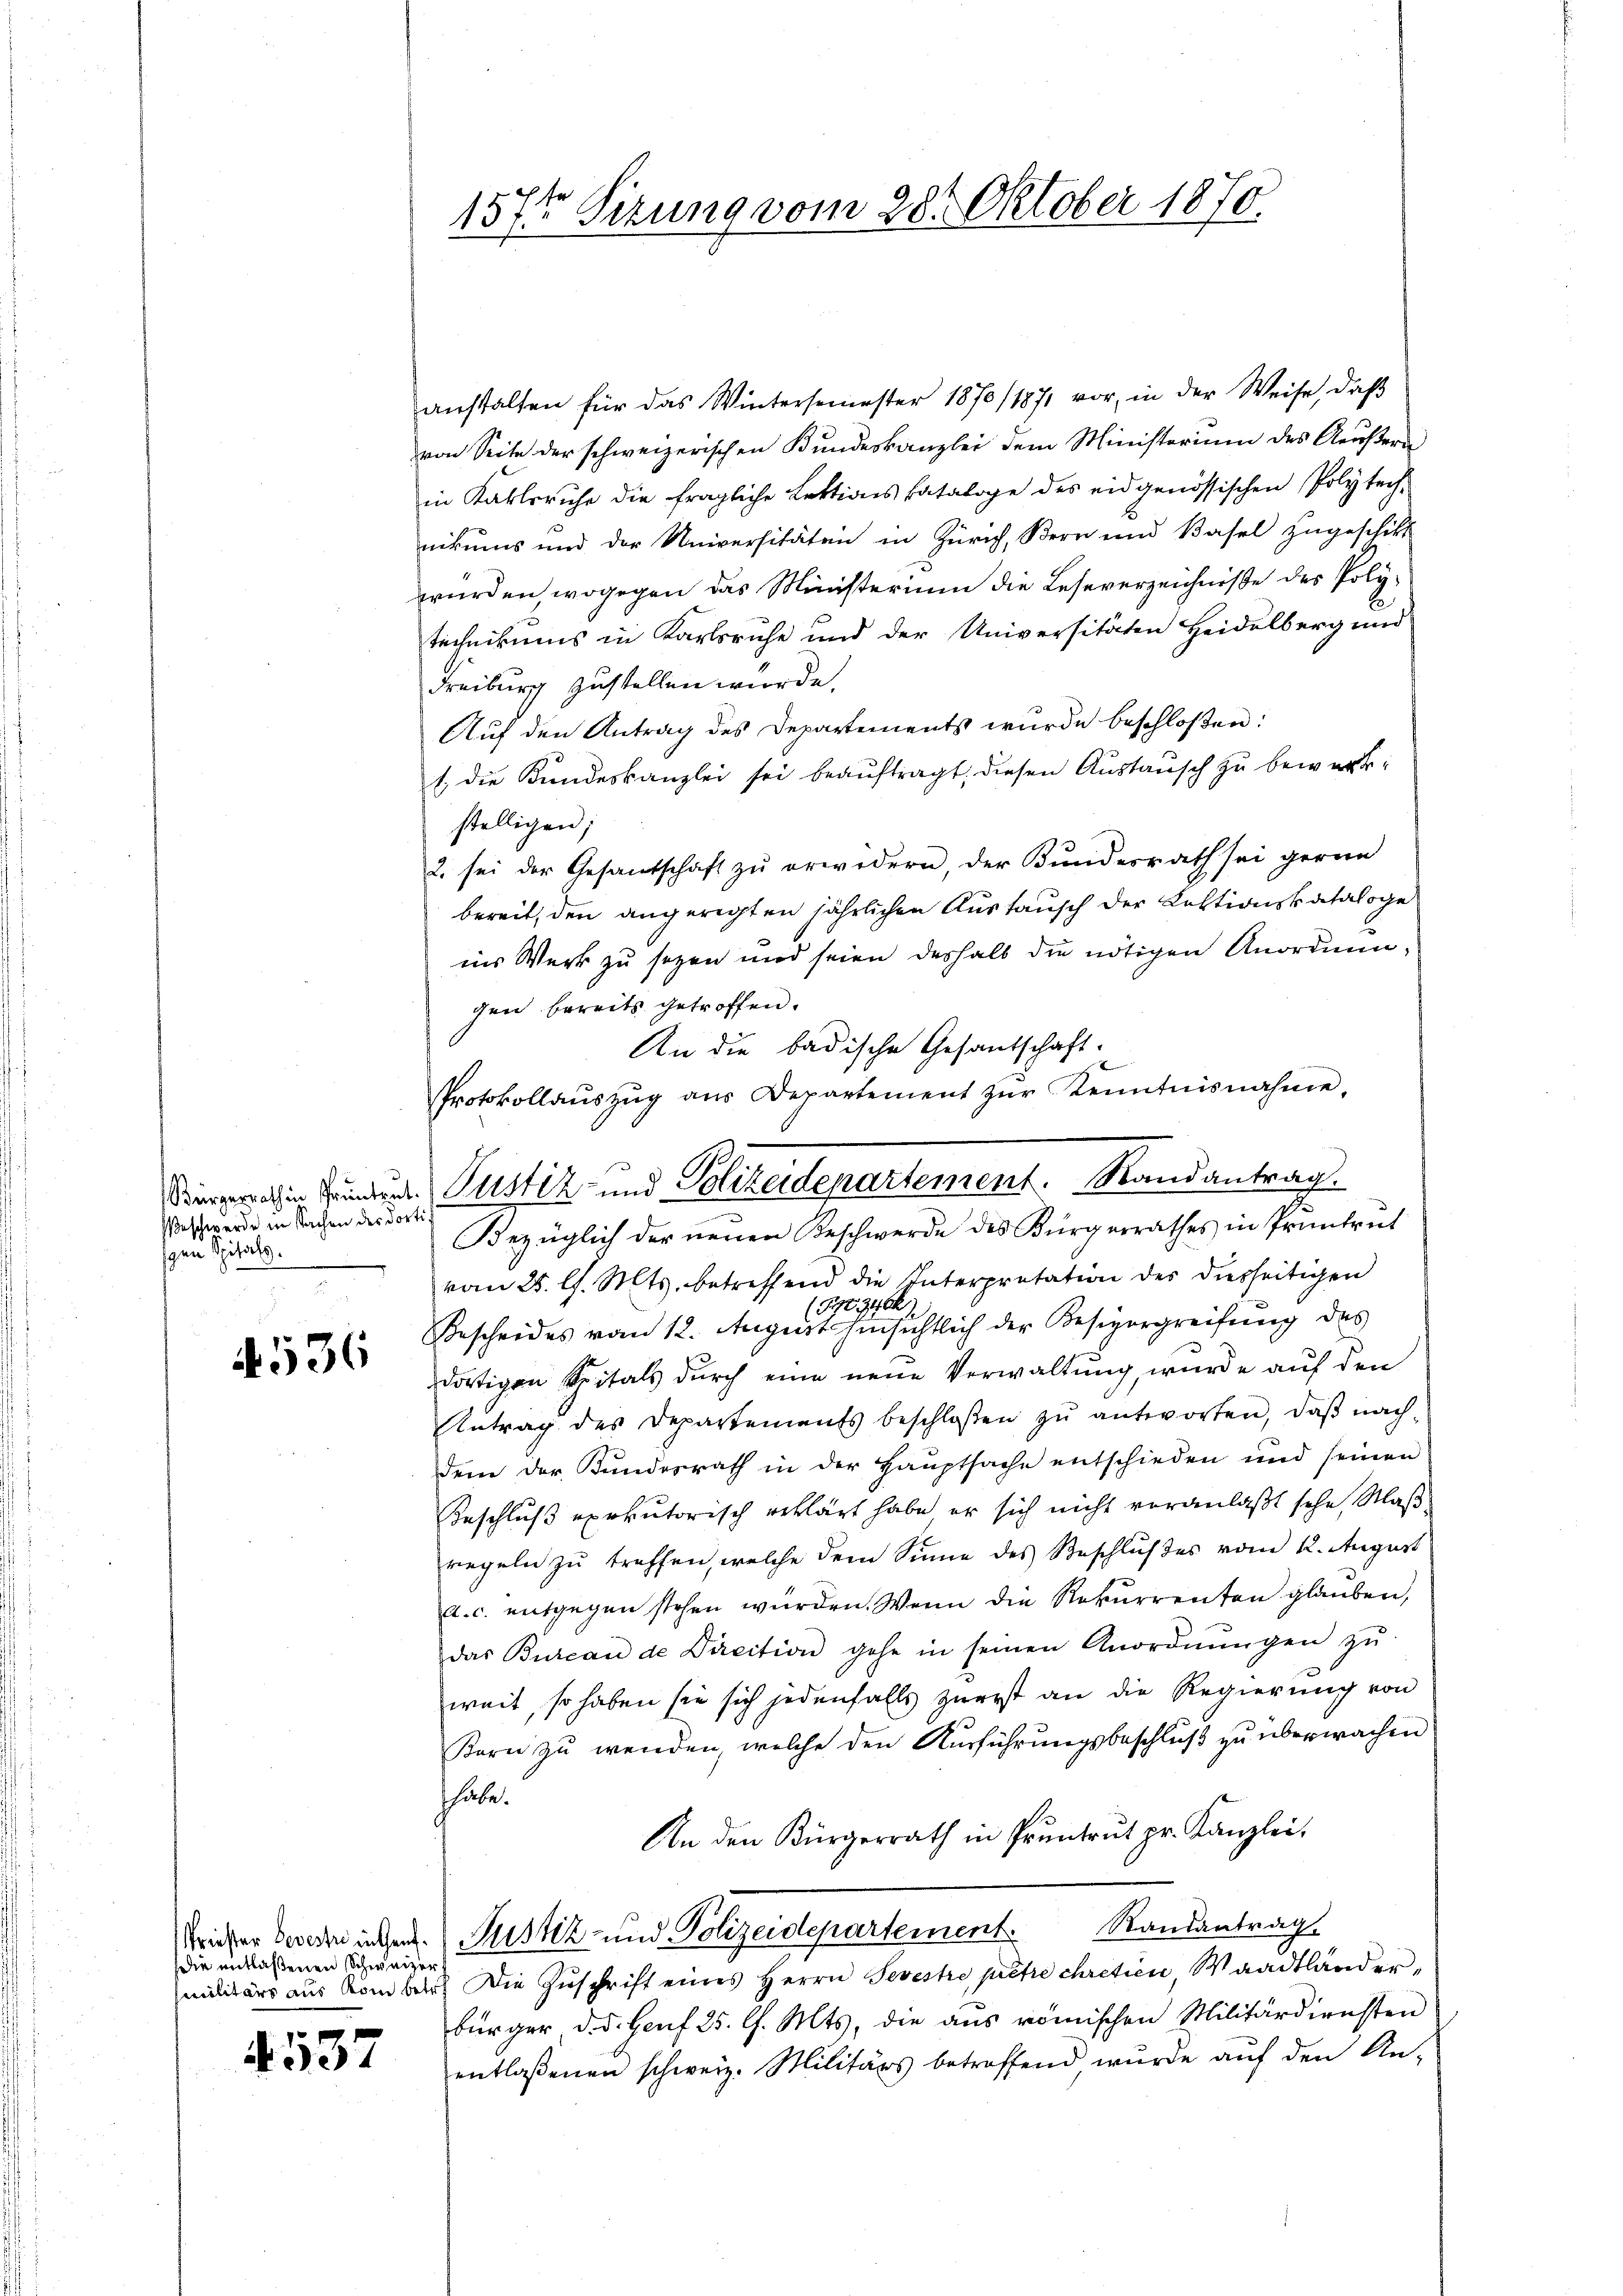
eschwerde in Sachen des dorti
igen Spitals.

536

die entlaßenen Schweizerf

4537

157ten Sizung vom 28. Oktober 1870.

anstalten für das Wintersemester 1870/1871 vor, in der Weise, daβ
von Seite der schweizerischen Bundeskanzlei dem Ministerium des Aeustern
in Karlsruhe die fragliche Lektions Cataloge des eidgenössischen Polytech-
nikums und der Universitäten in Zürich, Bern und Basel zugeschikt
würden, wogegen das Ministerium die Leseverzeichniße des Polytechnikums in Karlsruhe und der Universitäten Heidelberg und
Freiburg zustellen wurde.
Auf den Antrag des Departements wurde beschloßen:
1. die Kundeskanzlei sei beauftragt, diesen Austausch zu bewerkstelligen;
2. sei der Gesandschaft zu erwidern, der Bundesrath sei gerne
bereit, den angeregten jährlichen Austausch der Lektionskataloge
ins Werk zu sezen und seien deshalb die nötigen Anordnungen bereits getroffen.
An die badische Gesandschaft.
vom 25. l. Mts. betreffend die Interpretation der diesseitigen
(198346
Bescheides vom 12. August hinsichtlich der Besizergreifung des
dortigen Spitals durch eine neue Verwaltung, wurde auf den
Antrag des Departements beschloßen zu antworten, daß nachdem der Bundesrath in der Hauptsache entschieden und seinen
Beschluß exekutorisch erklärt habe er sich nicht veranlaßt sehe, Maßregeln zu treffen, welche dem Sinne des Beschlußes vom 12. August
a. c. entgegen stehen würden. Wenn die Rekurrenten glauben,
das Bureau de Direction gehe in seinen Anordnŭngen zŭ
weit, so haben sie sich jedenfalls zuerst an die Regierung von
Korn zu wenden, welche den Ausführungsbeschluß zu überwachen
habe.
An den Bürgerrath in Pruntrut pr. Kanzlei,
Trichter Bereden inter Justiz- und Polizeidepartement. Randantrag
militärs aus Romber die Zŭschrift eines Herrn Sevestre prêtre chretien Waadtländer,
bürger d. d. Genf 25 l. Mts, die aus römischen Militärdiensten
entlaßenen schweiz. Militärs betreffend wurde aŭf den An-

Protokollaŭszŭg ans Departement zŭr Kenntnisnahme,
Kirchen Grunden Justiz- und Polizeidepartement. Randantrag.
Bezüglich der neuen Beschwerde des Bürgerrathes in Pruntrut